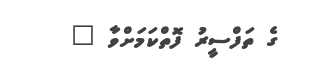
ގެ ތަފްސީރު ފޮތްކަމަށްވާ "